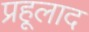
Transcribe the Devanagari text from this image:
प्रहूलाद